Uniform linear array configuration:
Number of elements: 8
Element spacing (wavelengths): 0.25
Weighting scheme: blackman
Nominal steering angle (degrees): -45
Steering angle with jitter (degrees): -45.38
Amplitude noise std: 0.05
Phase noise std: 0.05

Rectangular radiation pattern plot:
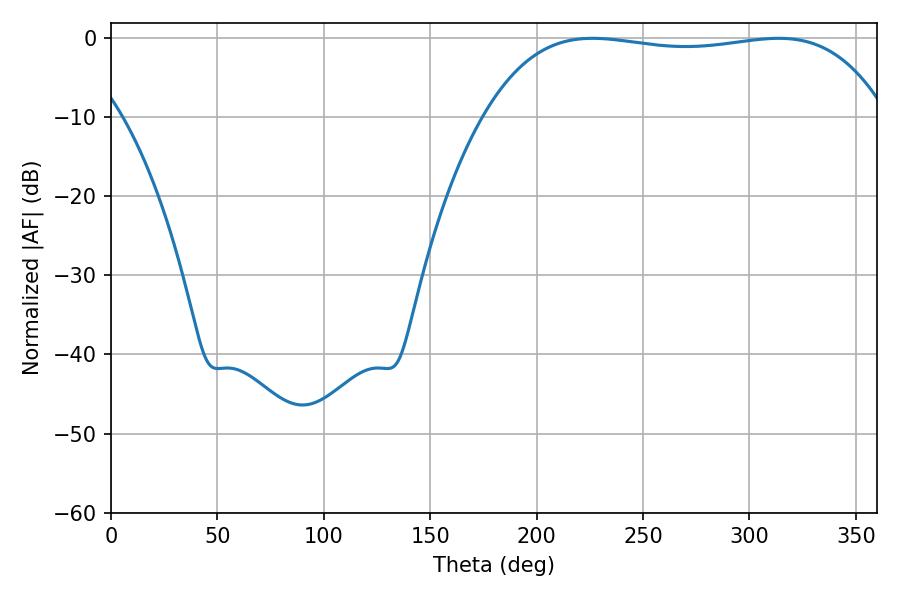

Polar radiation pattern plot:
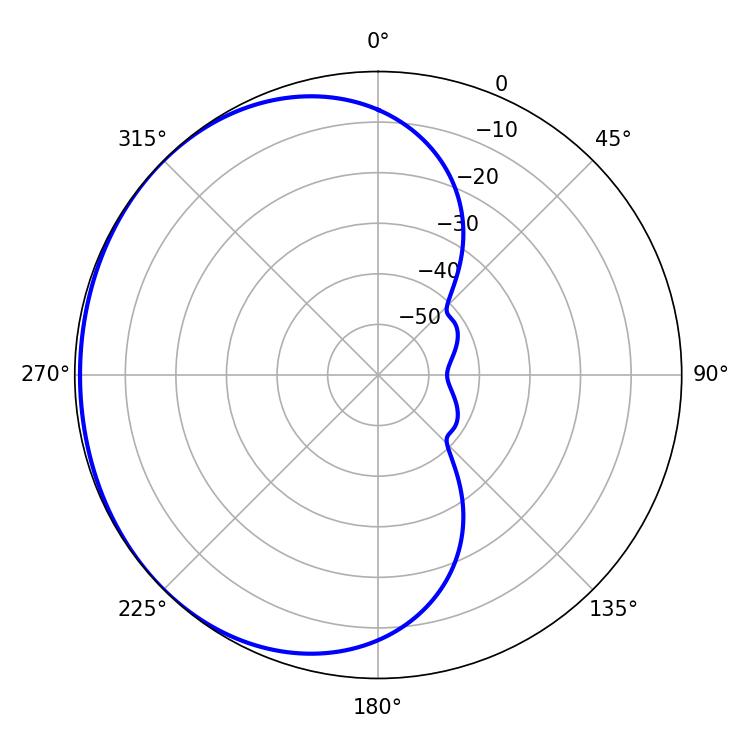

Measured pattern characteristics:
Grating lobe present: FALSE
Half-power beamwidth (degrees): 150.12
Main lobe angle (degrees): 226.26